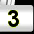
Digit: 3